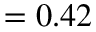
= 0 . 4 2